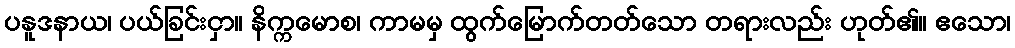
ပနူဒနာယ၊ ပယ်ခြင်းငှာ။ နိက္ကမောစ၊ ကာမမှ ထွက်မြောက်တတ်သော တရားလည်း ဟုတ်၏။ ဧသော၊